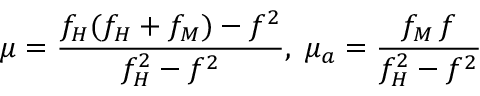
\mu = \frac { f _ { H } ( f _ { H } + f _ { M } ) - f ^ { 2 } } { f _ { H } ^ { 2 } - f ^ { 2 } } , \; \mu _ { a } = \frac { f _ { M } \, f } { f _ { H } ^ { 2 } - f ^ { 2 } }